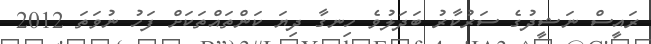
ރައީސް ނަޝީދުގެ ސަރުކާރު ބަދަލުވެ ހިނގާ ދިޔަ ކަންތައްތަކަށް ފަހު ނުވަތަ 2012